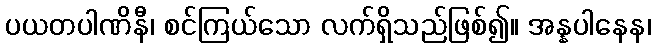
ပယတပါဏိနီ၊ စင်ကြယ်သော လက်ရှိသည်ဖြစ်၍။ အန္နပါနေန၊